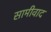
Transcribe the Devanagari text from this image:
सामीवाद